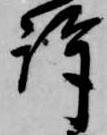
許